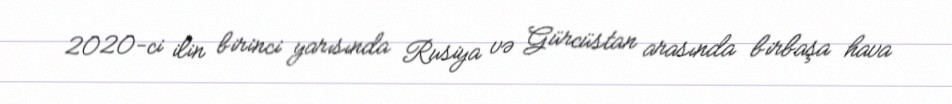
2020-ci ilin birinci yarısında Rusiya və Gürcüstan arasında birbaşa hava